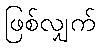
ဖြစ်လျှက်